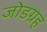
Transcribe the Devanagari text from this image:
जोडग्रह